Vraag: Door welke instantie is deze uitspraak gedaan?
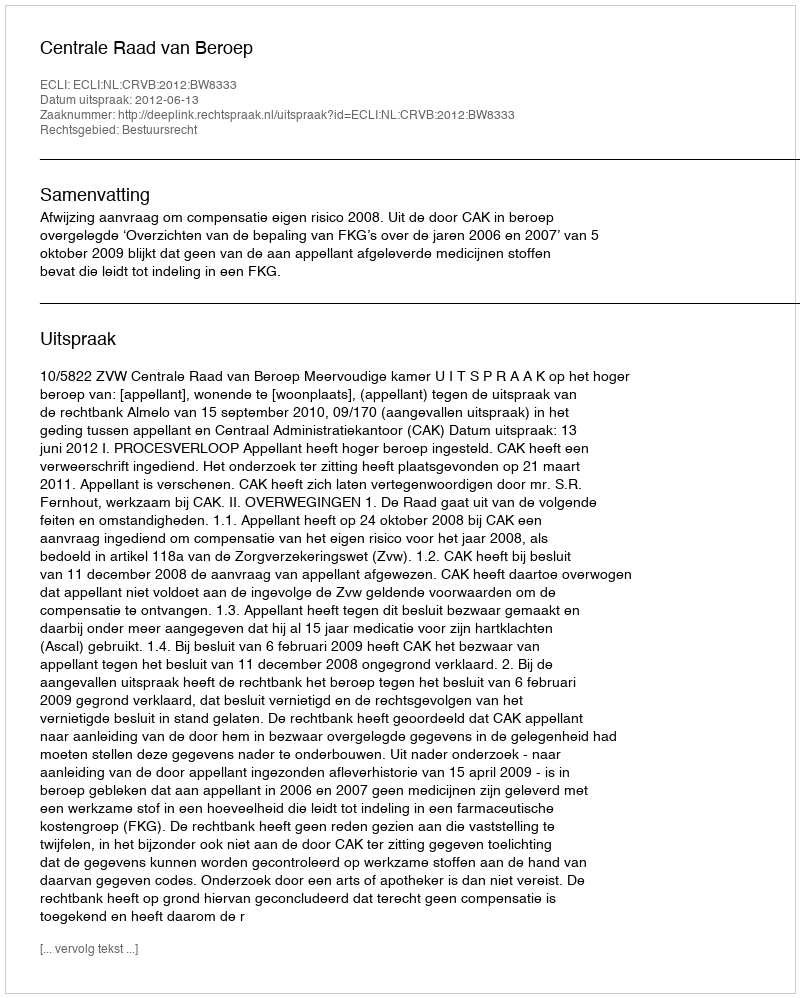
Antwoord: Centrale Raad van Beroep